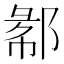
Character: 𲆖